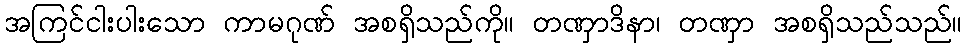
အကြင်ငါးပါးသော ကာမဂုဏ် အစရှိသည်ကို။ တဏှာဒိနာ၊ တဏှာ အစရှိသည်သည်။